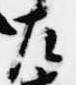
左